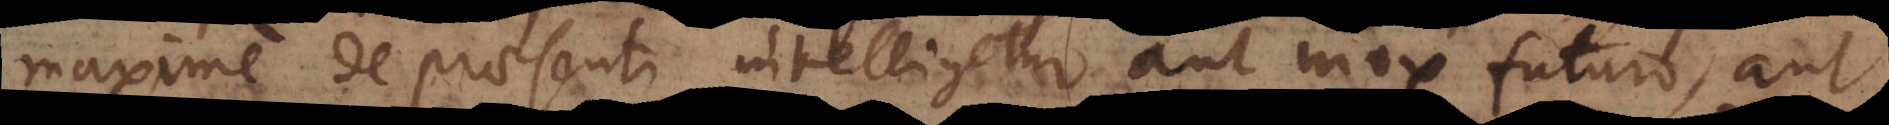
maxime de praesenti intelligetur aut mox futuro, aut